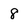
Character: 8